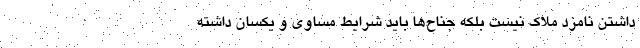
داشتن نامزد ملاک نیست بلکه جناح‌ها باید شرایط مساوی و یکسان داشته